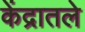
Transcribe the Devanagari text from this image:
केंद्रातले